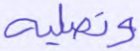
وتصلية